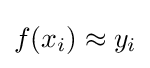
f(x_{i})\approx y_{i}